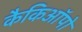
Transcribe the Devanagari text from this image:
कैकिऑपो